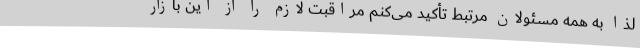
لذا به همه مسئولان مرتبط تأکید می‌کنم مراقبت لازم را از این بازار